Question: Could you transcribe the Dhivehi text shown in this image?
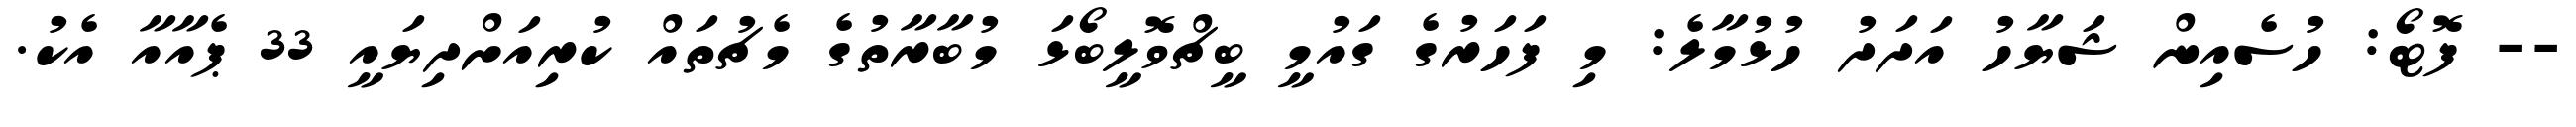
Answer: -- ފޮޓޯ: ހުސެއިން ޝަޔާހު އަދަދު ހުޅުމާލެ: މި ފަހަރުގެ ގައުމީ ބީޗްވޮލީބޯޅަ މުބާރާތުގެ މެޗުތައް ކުރިއަށްދިޔައީ 33 ޕެއާއާ އެކު.